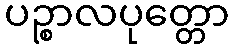
ပဉ္စာလပုတ္တော